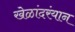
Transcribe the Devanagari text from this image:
खेळांदरंयान